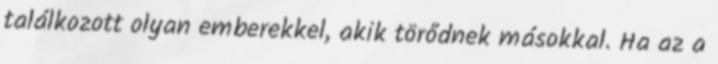
találkozott olyan emberekkel, akik törődnek másokkal. Ha az a